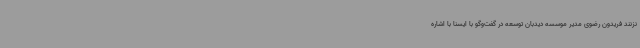
نزنند فریدون رضوی مدیر موسسه دیدبان توسعه در گفت‌وگو با ایسنا با اشاره